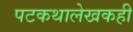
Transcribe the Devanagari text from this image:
पटकथालेखकही